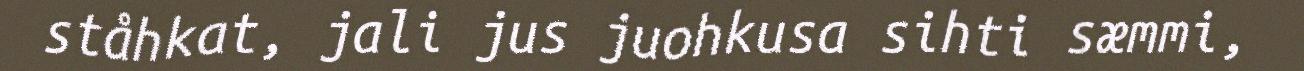
ståhkat, jali jus juohkusa sihti sæmmi,